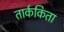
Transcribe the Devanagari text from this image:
तार्ककिता